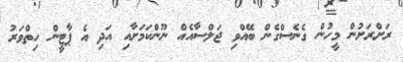
ރަށްރަށުން މީހުން ގެނެސްގެން ބޭއްވި ޖަލްސާއެއް ނޫންކަމަށާއި އަދި އެ ޕާޓީން ހިތްވަރު